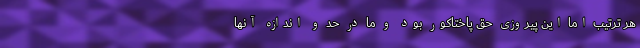
هر ترتیب اما این پیروزی حق پاختاکور بود و ما در حد و اندازه آنها